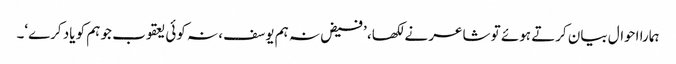
ہمارا احوال بیان کرتے ہوئے تو شاعر نے لکھا، ’فیض نہ ہم یوسف، نہ کوئی یعقوب جو ہم کو یاد کرے‘۔